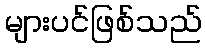
များပင်ဖြစ်သည်